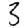
Digit: 3